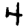
Digit: 4